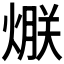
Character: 𤌯